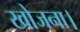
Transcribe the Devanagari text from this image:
खोजना।